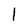
Character: I